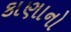
કાણાનો